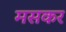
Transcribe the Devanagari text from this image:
मसकर